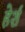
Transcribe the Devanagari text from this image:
हेर्श